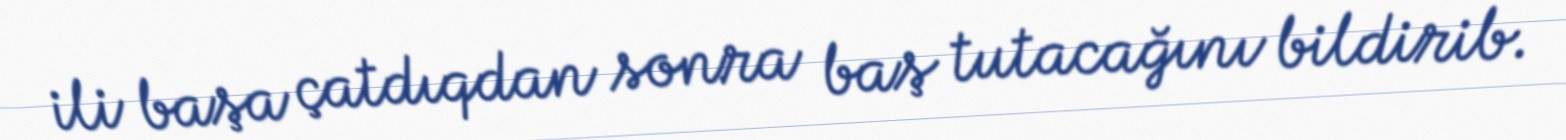
ili başa çatdıqdan sonra baş tutacağını bildirib.